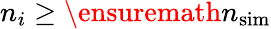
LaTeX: n_{i}\geq{\ensuremath{n_{\mathrm{sim}}}}